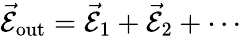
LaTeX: \vec{\mathcal{E}}_{\mathrm{out}}=\vec{\mathcal{E}}_{1}+\vec{\mathcal{E}}_{2}+\cdots